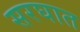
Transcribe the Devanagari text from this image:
सरघात